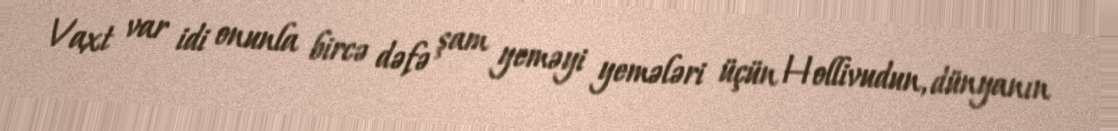
Vaxt var idi onunla bircə dəfə şam yeməyi yemələri üçün Hollivudun, dünyanın